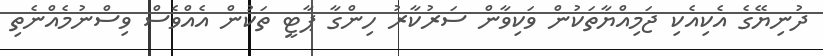
ދުނިޔޭގެ އެކިއެކި ޖަމިއްޔާތަކުން ވަކިވާން ސަރުކާރު ހިންގާ ޕާޓީ ތަކުން އެއްވެސް ވިސްނުމެއްނެތި